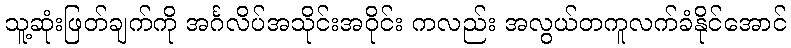
သူ့ဆုံးဖြတ်ချက်ကို အင်္ဂလိပ်အသိုင်းအဝိုင်း ကလည်း အလွယ်တကူလက်ခံနိုင်အောင်